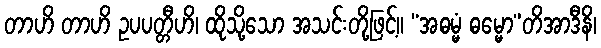
တာဟိ တာဟိ ဥပပတ္တီဟိ၊ ထိုသို့သော အသင်းတို့ဖြင့်။ “အဓမ္မံ ဓမ္မော”တိအာဒီနိ၊